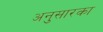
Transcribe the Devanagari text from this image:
अनुसारका